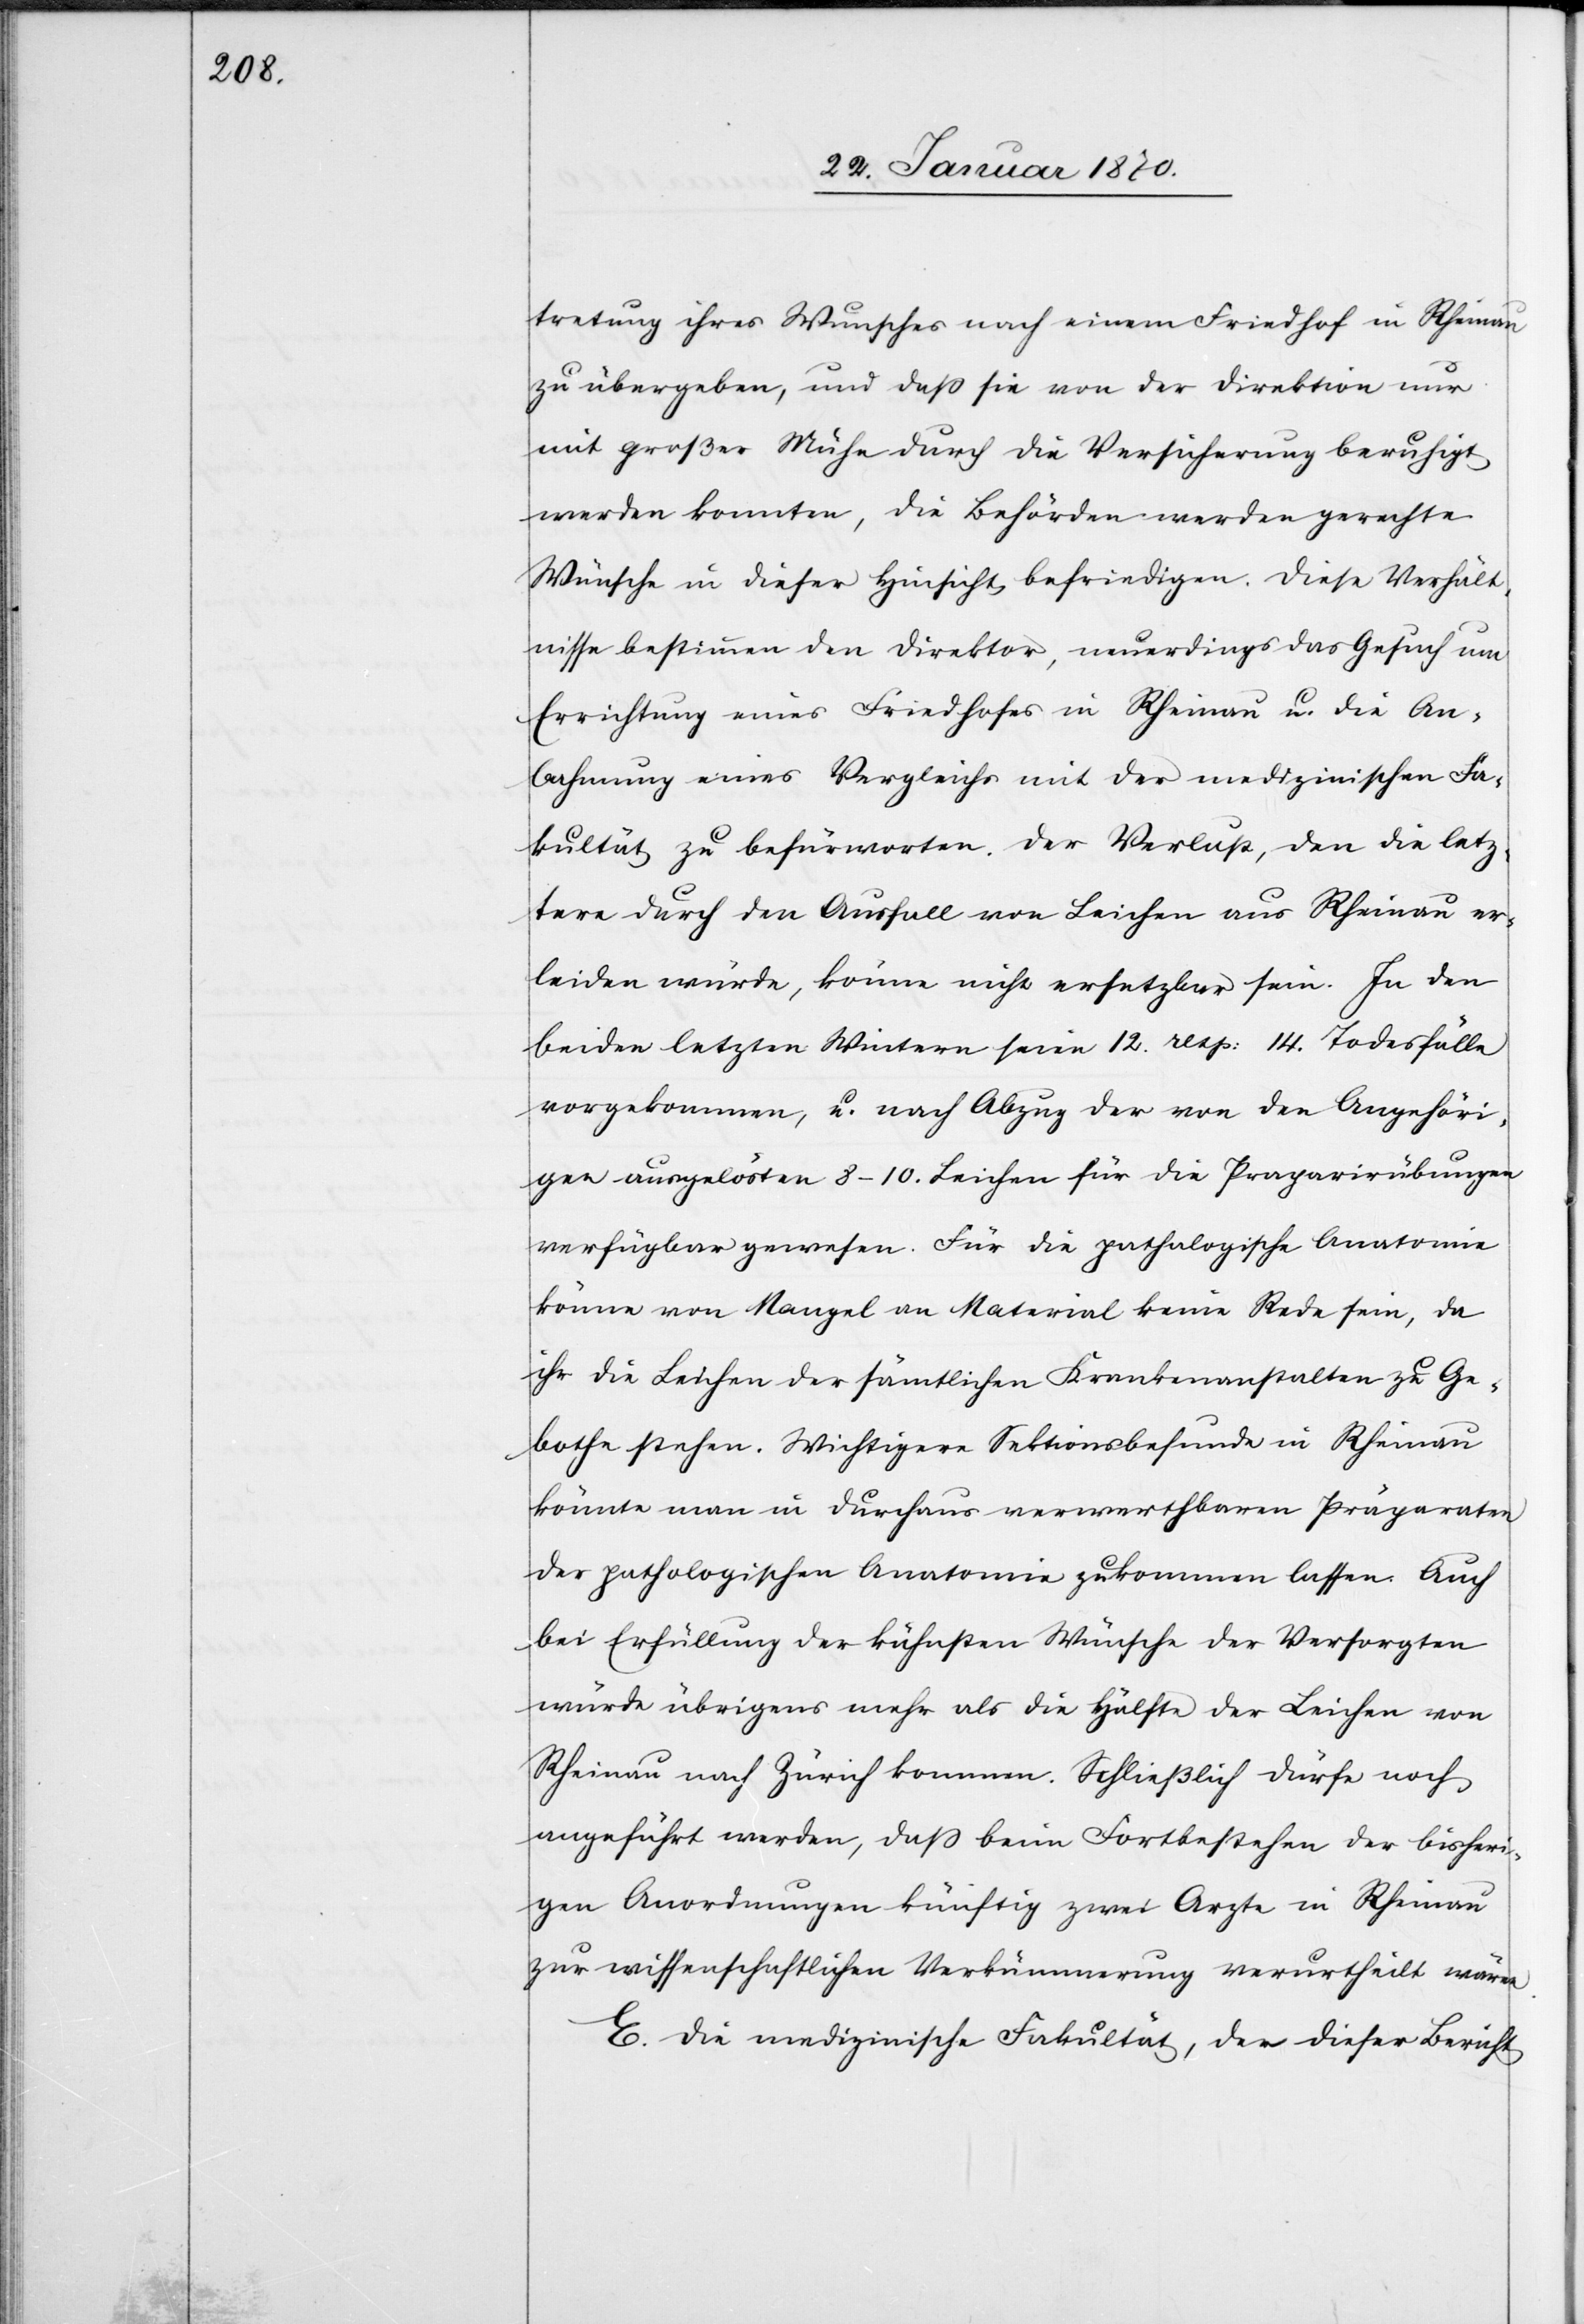
tretung ihres Wunsches nach einem Friedhof in Rheinau
zu übergeben, und daß sie von der Direktion nur
mit großer Mühe durch die Versicherung beruhigt
werden konnten, die Behörden werden gerechte
Wünsche in dieser Hinsicht befriedigen. Diese Verhält¬
nisse bestimmen den Direktor, neuerdings das Gesuch um
Errichtung eines Friedhofes in Rheinau u. die An¬
bahnnung eines Vergleichs mit der medizinischen Fa¬
kultät zu befürworten. Der Verlust, den die letz¬
tere durch den Ausfall von Leichen aus Rheinau er¬
leiden würde, könne nicht ersetzbar sein. In den
beiden letzten Wintern seien 12. resp: 14 Todesfälle
vorgekommen, u. nach Abzug der von den Angehöri¬
gen ausgelösten 8–10. Leichen für die Praparirübungen
verfügbar gewesen. Für die pathologische Anatomie
könne von Mangel an Material keine Rede sein, da
ihr die Leichen der sämtlichen Krankenanstalten zu Ge¬
bothe stehen. Wichtigere Sektionsbefunde in Rheinau
könnte man in durchaus verwerthbaren Präparaten
der pathologischen Anatomie zukommen lassen. Auch
bei Erfüllung der kühnsten Wünsche der Versorgten
würde übrigens mehr als die Hälfte der Leichen von
Rheinau nach Zürich kommen. Schließlich dürfe noch
angeführt werden, daß beim Fortbestehen der bisheri¬
gen Anordnungen künftig zwei Arzte in Rheinau
zur wissenschaftlichen Verkümmerung verurtheilt wären.
E. Die medizinische Fakultät, der dieser Bericht